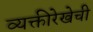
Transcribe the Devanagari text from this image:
व्यक्तीरेखेची